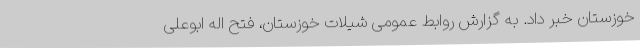
خوزستان خبر داد. به گزارش روابط عمومی شیلات خوزستان، فتح اله ابوعلی